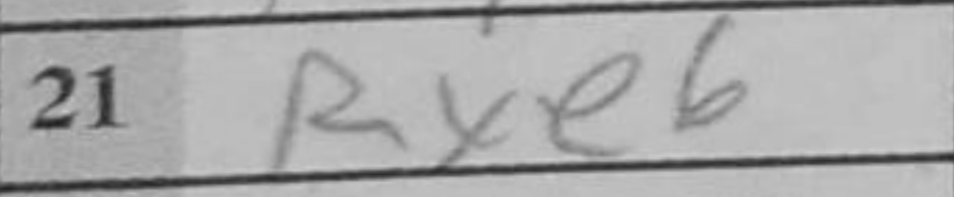
Transcription: Rxe6